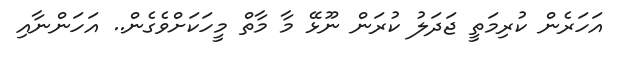
އަހަރެން ކުރިމަތީ ޖަދަލު ކުރަން ނޫޅޭ މާ މާތް މީހަކަށްވެގެން.. އަހަންނާއި